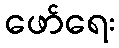
ဖော်ရေး